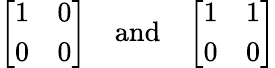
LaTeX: {\left[\begin{array}{ll}{1}&{0}\\ {0}&{0}\end{array}\right]}\quad{\mathrm{and}}\quad{\left[\begin{array}{ll}{1}&{1}\\ {0}&{0}\end{array}\right]}